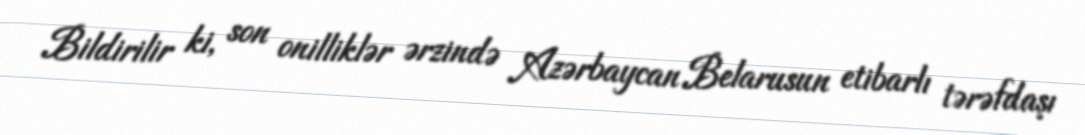
Bildirilir ki, son onilliklər ərzində Azərbaycan Belarusun etibarlı tərəfdaşı